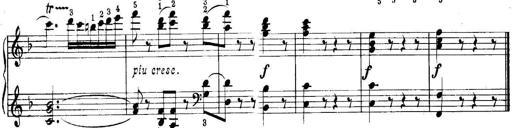
Title: Quatres sonatines
Composer: Tadeusz Joteyko